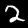
Digit: 2